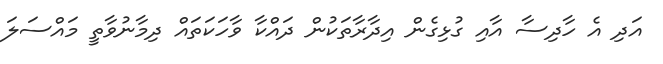
އަދި އެ ހާދިސާ އާއި ގުޅިގެން އިދާރާތަކުން ދައްކާ ވާހަކަތައް ދިމާނުވާތީ މައްސަލަ